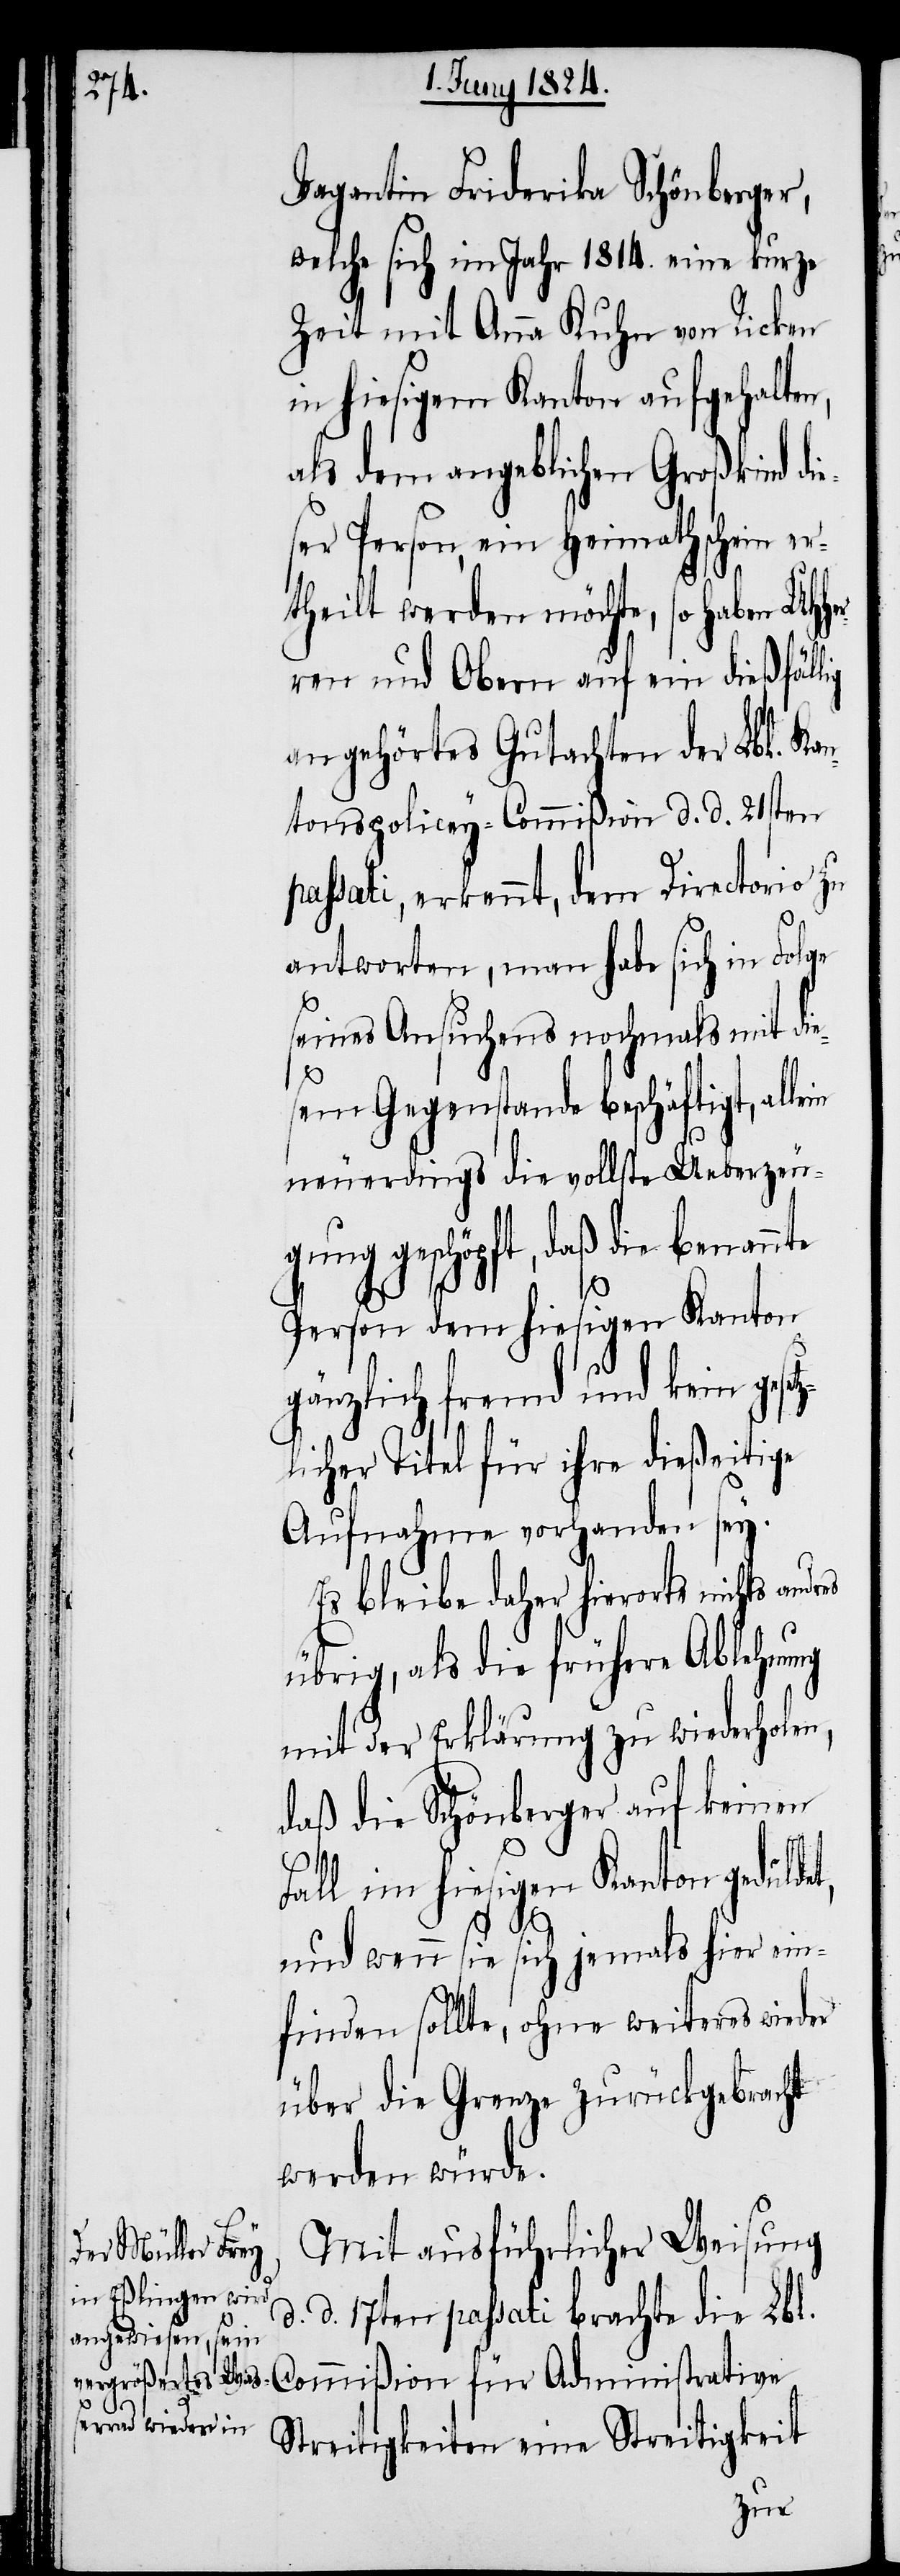
Vagantin Friderika Schönberger,
welche sich im Jahr 1814. eine kurze
Zeit mit Anna Kuhn von Ricken
in hiesigem Kanton aufgehalten,
als dem angeblichen Großkind di¬
eser Person, ein Heimathschein er¬
theilt werden möchte, so haben UH¬
ren und Obern auf ein dießfäl¬
angehörtes Gutachten der Lbl. Ka¬
ntonspolicey-Commißion d. d. 21sten
passati, erkennt, dem Directorio zu
antworten, man habe sich in Folge
seines Ansuchens nochmals mit die¬
sem Gegenstande beschäftigt, alle¬
neuerdings die vollste Ueberzeu¬
gung geschöpft, daß die
Person dem hiesigen Kanton
gänzlich fremd und kein geset¬
zlicher Titel für ihre dießeitige
Aufnahme vorhanden sey.
Es bleibe daher hierorts nichts andr¬
übrig, als die frühere Ablehnung
mit der Erklärung zu wiederholen,
daß die Schönberger auf keinen
Fall in hiesigen Kanton gedulde¬
t,
und wenn sie sich jemals hier ein¬
finden sollte, ohne weiteres wieder
über die Grenze zurückgebracht
werden würde.
Mit ausführlicher Weisung
d. d. 17ten passati brachte Lbl.
Commißion für Administrative
Streitigkeiten eine Streitigkeit